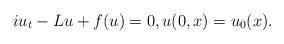
LaTeX: \begin{align*} iu_{t}-Lu+f(u)=0, u(0,x)=u_{0}(x).\end{align*}